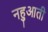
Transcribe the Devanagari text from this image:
नहुआती